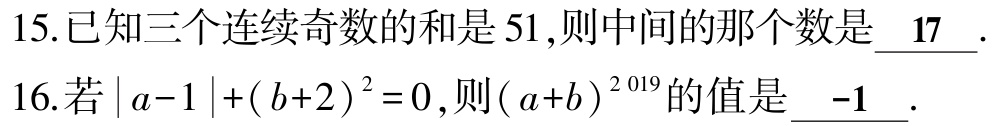
15.已知三个连续奇数的和是$51$,则中间的那个数是$\underline{17}$.
16.若$\vert a - 1\vert+(b + 2)^{2}=0$,则$(a + b)^{2019}$的值是$\underline{-1}$.